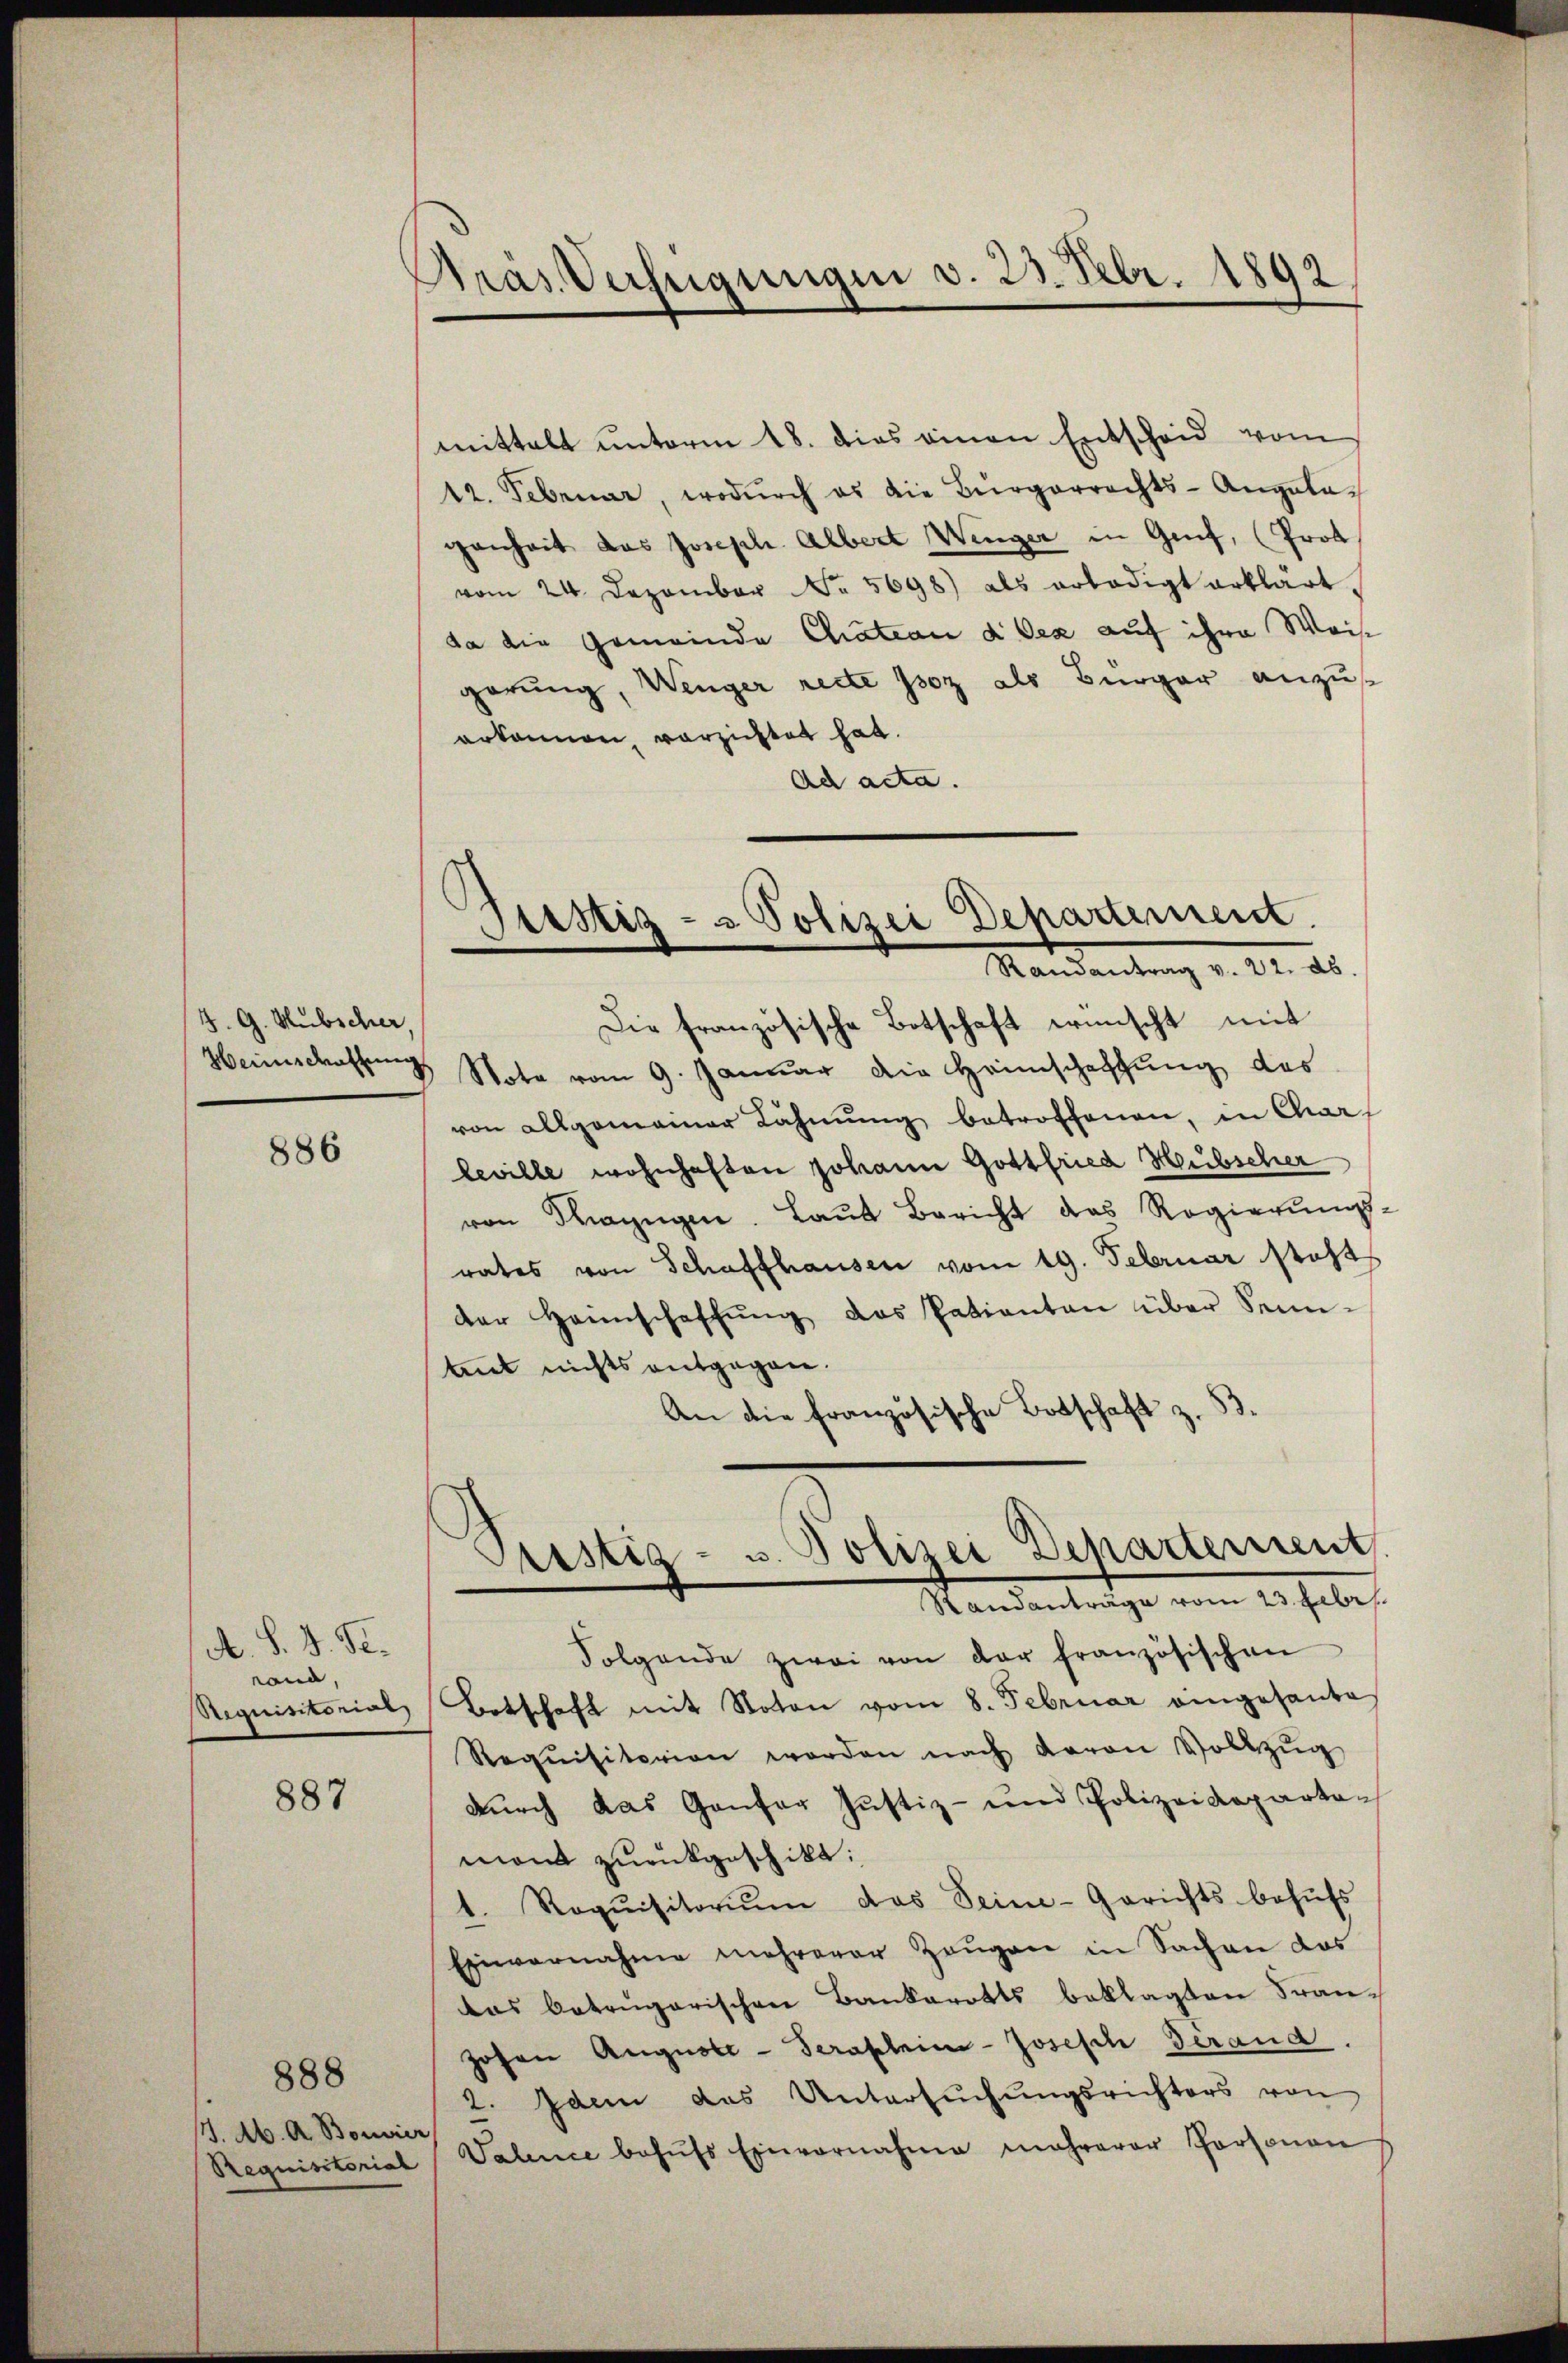
(4. G. Hubscher,

886

A. §. 8. St.
ona,

887

. Ab. A. Bouvier

888

Präs. Verfügungen v. 23. Febr. 1892

Justiz- & Polizei Departement.
Mandantung v. Nr. 20.
Die französische Botschaft wünscht mit
Heiscattung Nota vom 9. Januar die Heimschaffung des

mittalt unterm 18. dies einen Entscheid vom
12. Februar, wodŭrch es die Bürgerrechts-Angela-
genheit das Joseph Albert Wenger in Genf, (Prot
vom 24. Dezember No. 5698) als erledigt erklärt.
da die Gemeinde Chateau d Oex auf ihre Weise
garung, Wenger recte poz als Bürger anzuse
erkennen, verzichtet hat.
Ad acta.
von allgemeiner Lähmung betroffenen, in Char
leville wohnhaften Johann Gottfried Hubscher
von Mazügen. Laut Bericht das Regierŭngs-
rates von Schaffhausen vom 19. Februar steht
der Heimschaffŭng das Patienten über Senn-
teit nichts entgegen.
An die französische Botschaft z. B.
Justiz- u. Polizei Departement
Standanträge vom 23. Febr.
Folgende zwei von der französischen
Requisitorial, Botschaft mit Noton vom 8. Februar eingesante
Requisiterien werden nach davon Vollzŭg
durch das Gantor Justiz- und Polizeidepartomont zurückgeschikt:
t. Roqŭisitoriŭm das Seine-Gerichts behŭfs
Einvernahme mehrerer Zeugen in Sachen das
das betrügerischen Bankarotts beklagten Fran¬
Johan Auguote-Serakleine-Joseph Serand
2. Idem das Untersŭchŭngsrichters von
Requisitorial Valence behŭfs Einvernahme mehrerer Personen